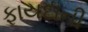
ફાયદાની